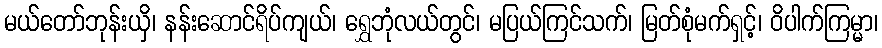
မယ်တော်ဘုန်းယှိ၊ နန်းဆောင်ရိပ်ကျယ်၊ ရွှေဘုံလယ်တွင်၊ မပြယ်ကြင်သက်၊ မြတ်စုံမက်ရှင့်၊ ဝိပါက်ကြမ္မာ၊